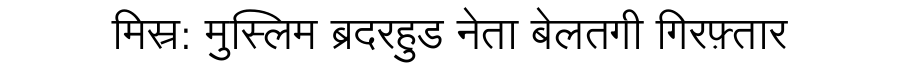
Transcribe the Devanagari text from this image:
मिस्र: मुस्लिम ब्रदरहुड नेता बेलतगी गिरफ़्तार